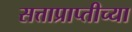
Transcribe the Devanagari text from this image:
सत्ताप्राप्तीच्या